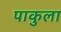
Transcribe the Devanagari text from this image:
पाकुला